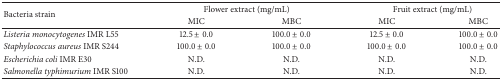
<table><thead><tr><td rowspan="2"><b>Bacteria strain</b></td><td colspan="2"><b>Flower extract (mg/mL)</b></td><td colspan="2"><b>Fruit extract (mg/mL)</b></td></tr><tr><td><b>MIC</b></td><td><b>MBC</b></td><td><b>MIC</b></td><td><b>MBC</b></td></tr></thead><tbody><tr><td><i>Listeria monocytogenes</i> IMR L55</td><td>12.5 ± 0.0</td><td>100.0 ± 0.0</td><td>12.5 ± 0.0</td><td>100.0 ± 0.0</td></tr><tr><td><i>Staphylococcus aureus</i> IMR S244</td><td>100.0 ± 0.0</td><td>100.0 ± 0.0</td><td>100.0 ± 0.0</td><td>100.0 ± 0.0</td></tr><tr><td><i>Escherichia coli </i>IMR E30</td><td>N.D.</td><td>N.D.</td><td>N.D.</td><td>N.D.</td></tr><tr><td><i>Salmonella typhimurium</i> IMR S100</td><td>N.D.</td><td>N.D.</td><td>N.D.</td><td>N.D.</td></tr></tbody></table>